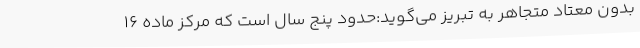
بدون معتاد متجاهر به تبریز می‌گوید:حدود پنج سال است که مرکز ماده 16